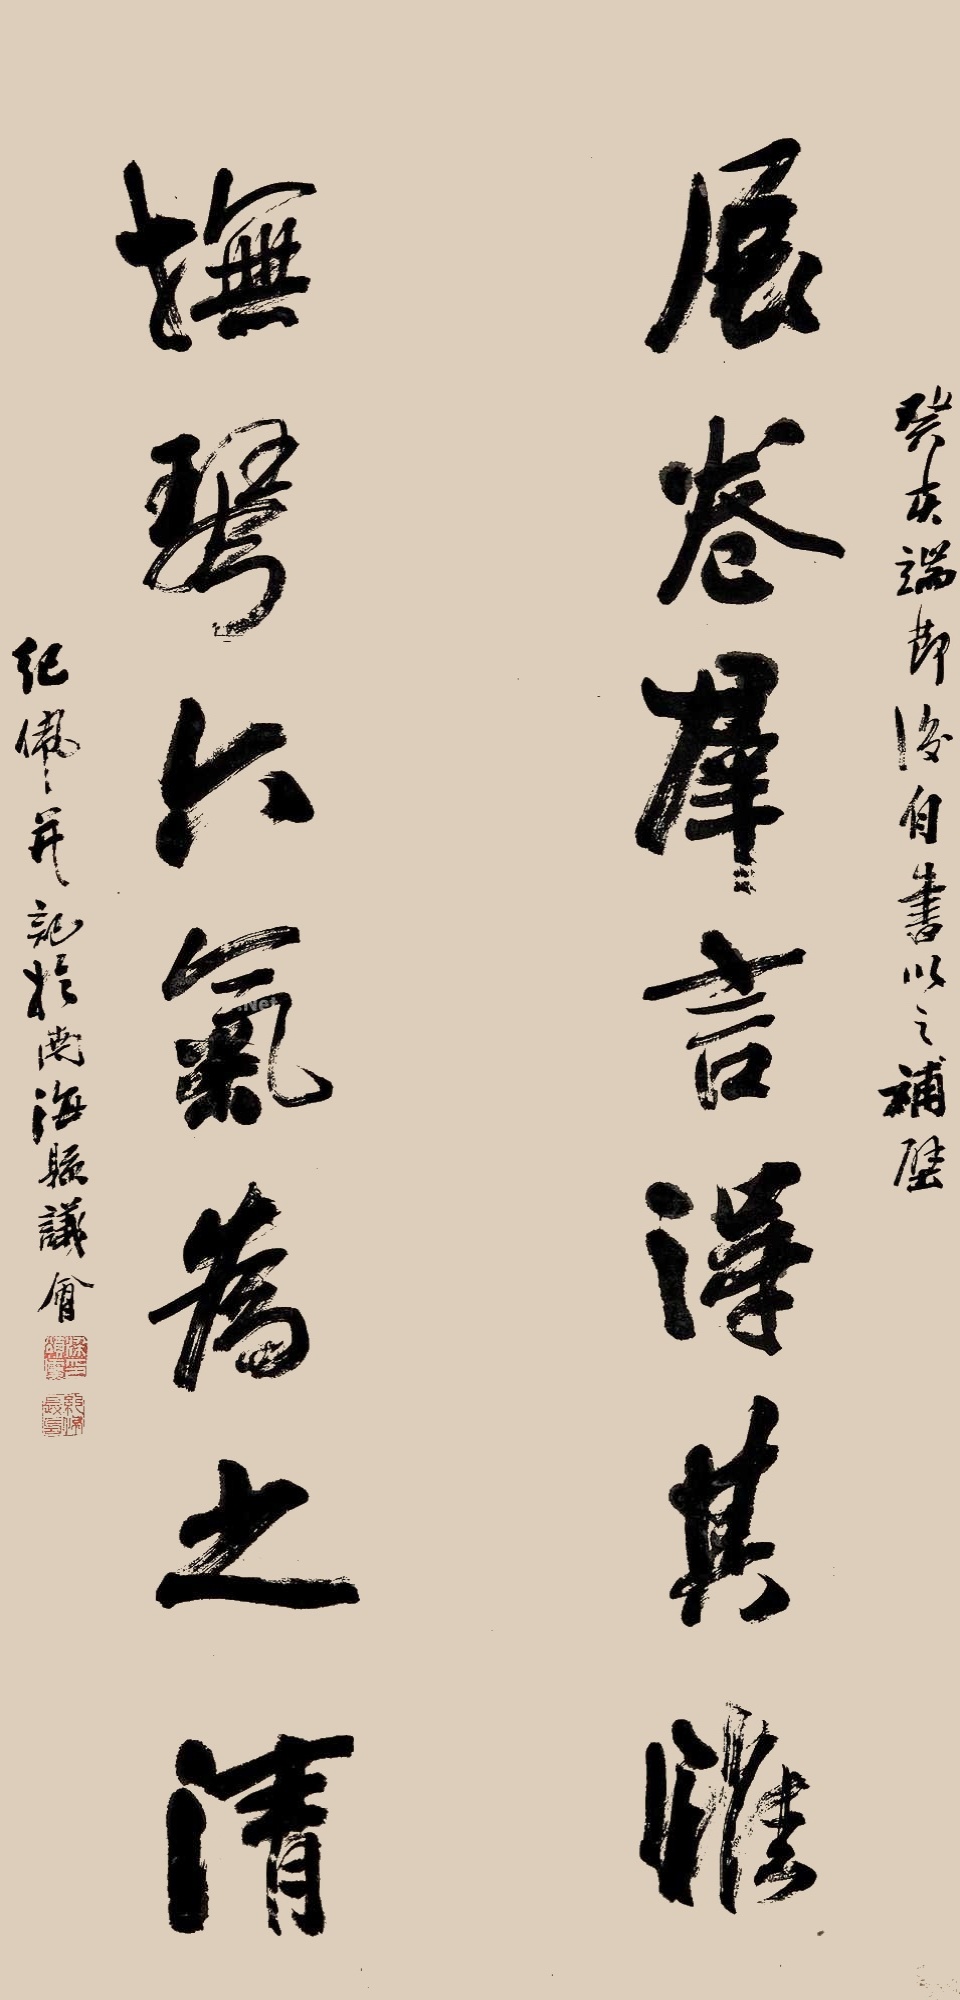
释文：癸亥端午后自书以之补壁。展卷群言得其雅，抚琴六气为之清。纪佩并记于南海县议会。